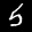
Label: 5